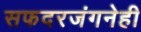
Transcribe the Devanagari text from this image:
सफदरजंगनेही